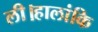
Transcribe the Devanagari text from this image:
ली।हालांकि